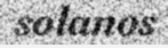
solanos